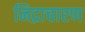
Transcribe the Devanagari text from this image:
निद्राचारण